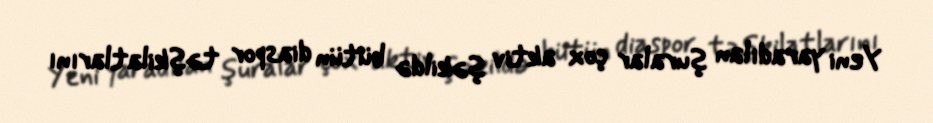
Yeni yaradılan şuralar çox aktiv şəkildə bütün diaspor təşkilatlarını